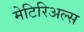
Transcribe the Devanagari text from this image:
मेटिरिअल्स